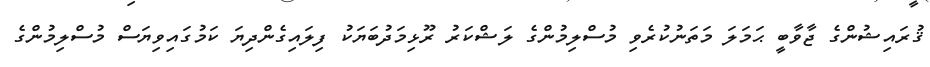
ޤުރައިޝުންގެ ޖާވާބީ ޙަމަލަ މަތަނުކުރެވި މުސްލިމުންގެ ލަޝްކަރު ރޫޅިމަދުބަޔަކު ފިލައިގެންދިޔަ ކަމުގައިވިޔަސް މުސްލިމުންގެ